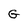
Character: G